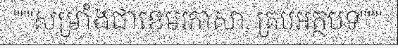
"""សម្រាំងជាខេមរភាសា, គ្រប់អត្ថបទ"""